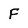
Character: F